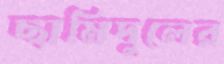
ছামিদুলের